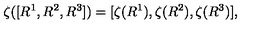
\zeta ( [ R ^ { 1 } , R ^ { 2 } , R ^ { 3 } ] ) = [ \zeta ( R ^ { 1 } ) , \zeta ( R ^ { 2 } ) , \zeta ( R ^ { 3 } ) ] ,